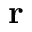
\mathbf { r }